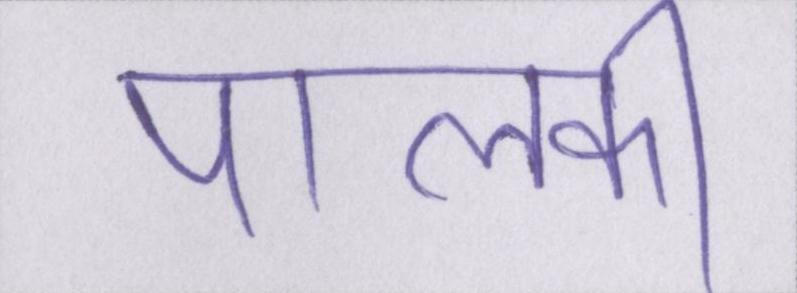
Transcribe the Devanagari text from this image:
पालकी